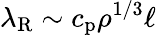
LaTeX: \lambda_{\mathrm{R}}\sim c_{\mathrm{p}}\rho^{1/3}\ell